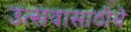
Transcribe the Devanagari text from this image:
उत्सवासाठीचे